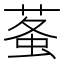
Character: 𧊮